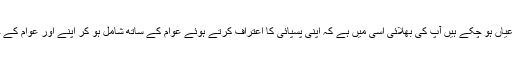
کیونکہ گلگت بلتستان میں ہر طرف آپ کے کرتوت عیاں ہو چکے ہیں آپ کی بھلائی اسی میں ہے کہ اپنی پسپائی کا اعتراف کرتے ہوئے عوام کے ساتھ شامل ہو کر اپنے اور عوام کے حقوق کے لئے بحثیت گلگت بلتستانی آواز بلند کریں ۔